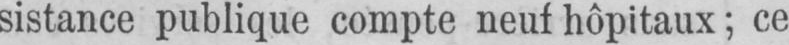
sistance publique compte neuf hôpitaux; ce